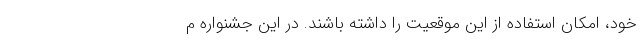
خود، امکان استفاده از این موقعیت را داشته باشند. در این جشنواره م